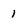
Character: 1